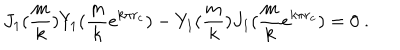
J _ { 1 } ( \frac { m } { k } ) Y _ { 1 } ( \frac { m } { k } e ^ { k \pi r _ { c } } ) - Y _ { 1 } ( \frac { m } { k } ) J _ { 1 } ( \frac { m } { k } e ^ { k \pi r _ { c } } ) = 0 \ .